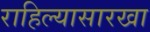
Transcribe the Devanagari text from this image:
राहिल्यासारखा